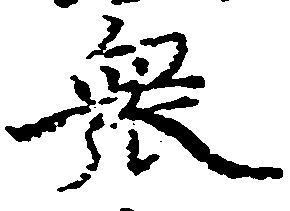
衆